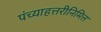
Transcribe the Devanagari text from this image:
पंच्याहत्तरीनिमित्त